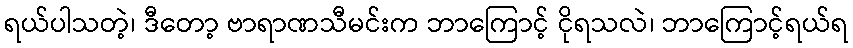
ရယ်ပါသတဲ့၊ ဒီတော့ ဗာရာဏသီမင်းက ဘာကြောင့် ငိုရသလဲ၊ ဘာကြောင့်ရယ်ရ